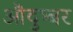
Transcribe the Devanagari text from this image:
औदुभ्बर